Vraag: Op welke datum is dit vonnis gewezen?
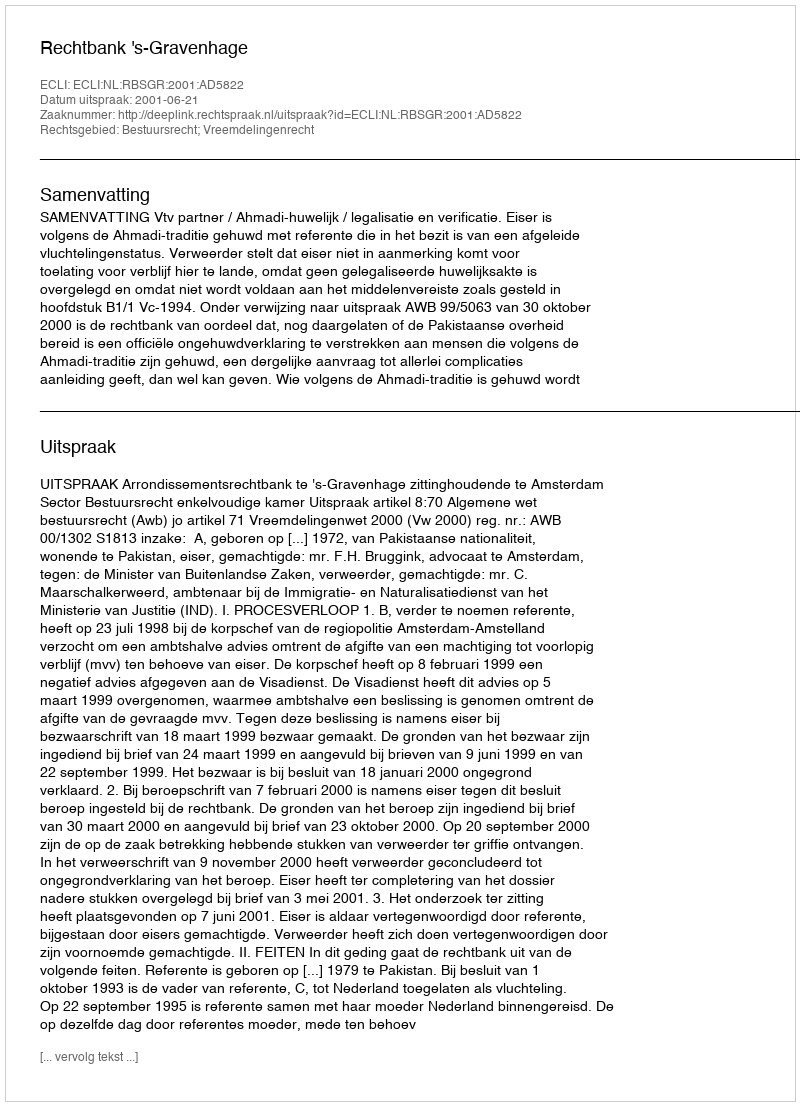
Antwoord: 2001-06-21